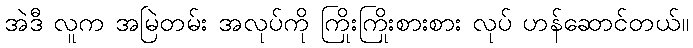
အဲဒီ လူက အမြဲတမ်း အလုပ်ကို ကြိုးကြိုးစားစား လုပ် ဟန်ဆောင်တယ်။